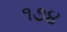
૧૭૪